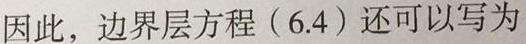
因此，边界层方程（6.4）还可以写为